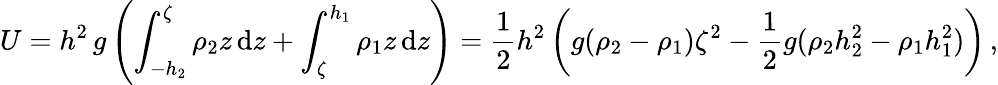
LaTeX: U=h^{2}\, g\left(\int_{-h_{2}}^{\zeta}\rho_{2}z\, \mathrm{d}z+\int_{\zeta}^{h_{1}}\rho_{1}z\, \mathrm{d}z\right)=\frac 12h^{2}\left(g(\rho_{2}-\rho_{1})\zeta^{2}-\frac 12g(\rho_{2}h_{2}^{2}-\rho_{1}h_{1}^{2})\right)\, ,